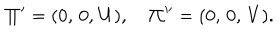
{ \bf \Pi ^ { \prime } } = ( 0 , \, 0 , \, U ) , \quad { \bf \Pi } ^ { \prime \prime } = ( 0 , \, 0 , \, V ) { . }